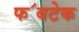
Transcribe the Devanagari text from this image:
फ॔बटेक